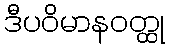
ဒီပဝိမာနဝတ္ထု